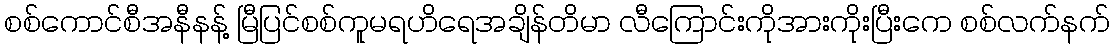
စစ်ကောင်စီအနီနန့် မြီပြင်စစ်ကူမရဟိရေအချိန်တိမာ လီကြောင်းကိုအားကိုးပြီးကေ စစ်လက်နက်